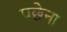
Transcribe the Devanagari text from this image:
पछेना